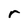
Character: r